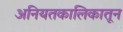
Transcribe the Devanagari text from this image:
अनियतकालिकातून